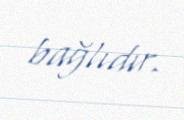
bağlıdır.